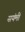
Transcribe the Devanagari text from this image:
सयंमी